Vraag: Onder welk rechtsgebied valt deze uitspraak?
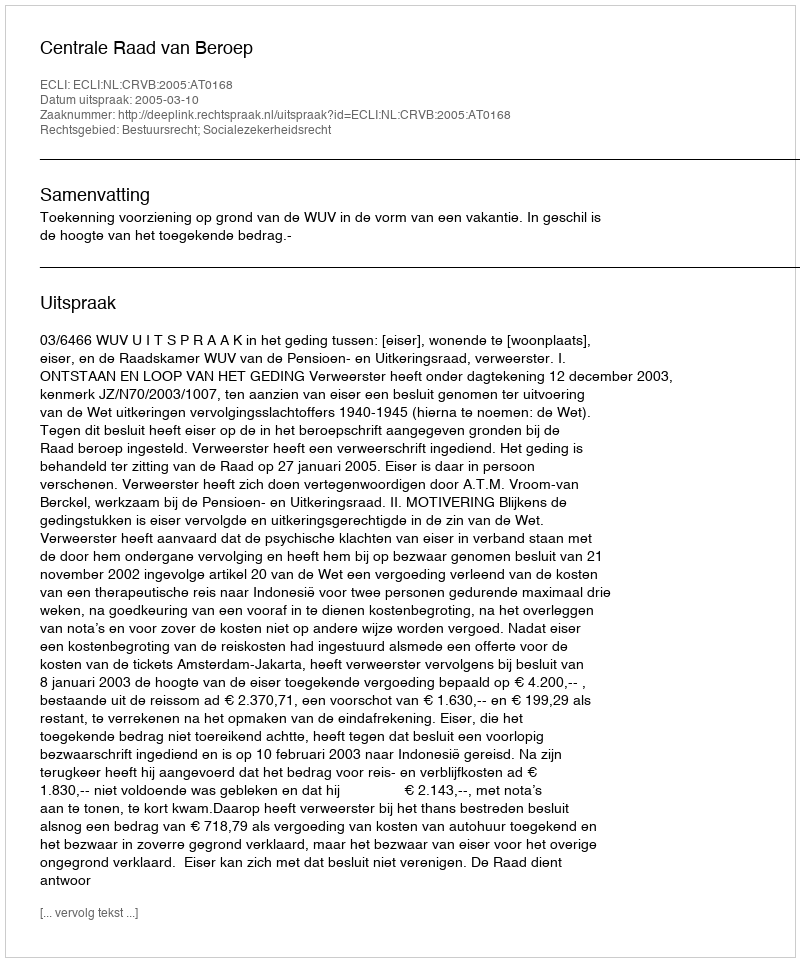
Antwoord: Bestuursrecht; Socialezekerheidsrecht